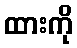
ထားကို